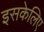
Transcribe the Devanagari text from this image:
इसकेलिए